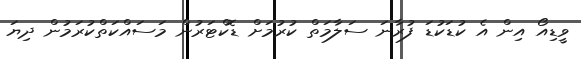
ވީޑިއޯ އިން އެ ކުޑަކުޑަ ފުރާނަ ސަލާމަތް ކުރުމަށް ޑޮކްޓަރުން މަސައްކަތްކުރަމުން ދިޔަ